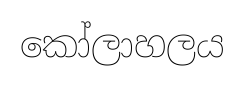
කෝලාහලය